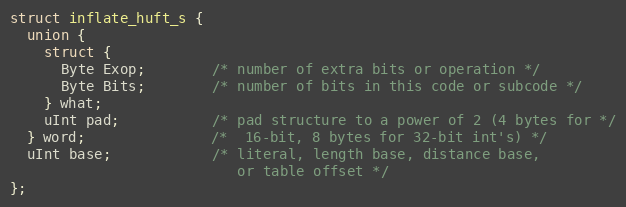
Language: C
struct inflate_huft_s {
  union {
    struct {
      Byte Exop;        /* number of extra bits or operation */
      Byte Bits;        /* number of bits in this code or subcode */
    } what;
    uInt pad;           /* pad structure to a power of 2 (4 bytes for */
  } word;               /*  16-bit, 8 bytes for 32-bit int's) */
  uInt base;            /* literal, length base, distance base,
                           or table offset */
};